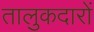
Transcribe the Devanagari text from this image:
तालुकदारों